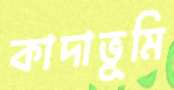
কাদাভূমি